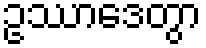
ဥဿာဒေတွာ